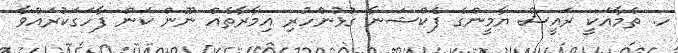
ހ. ތެމާއަކީ ރައީސް ޔާމީންގެ ފެކްޝަނާ ގުޅުންހުރި އިމާރާތެއް ނޫން ކަން ފާހަގަކުރައްވާ